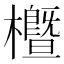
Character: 櫭